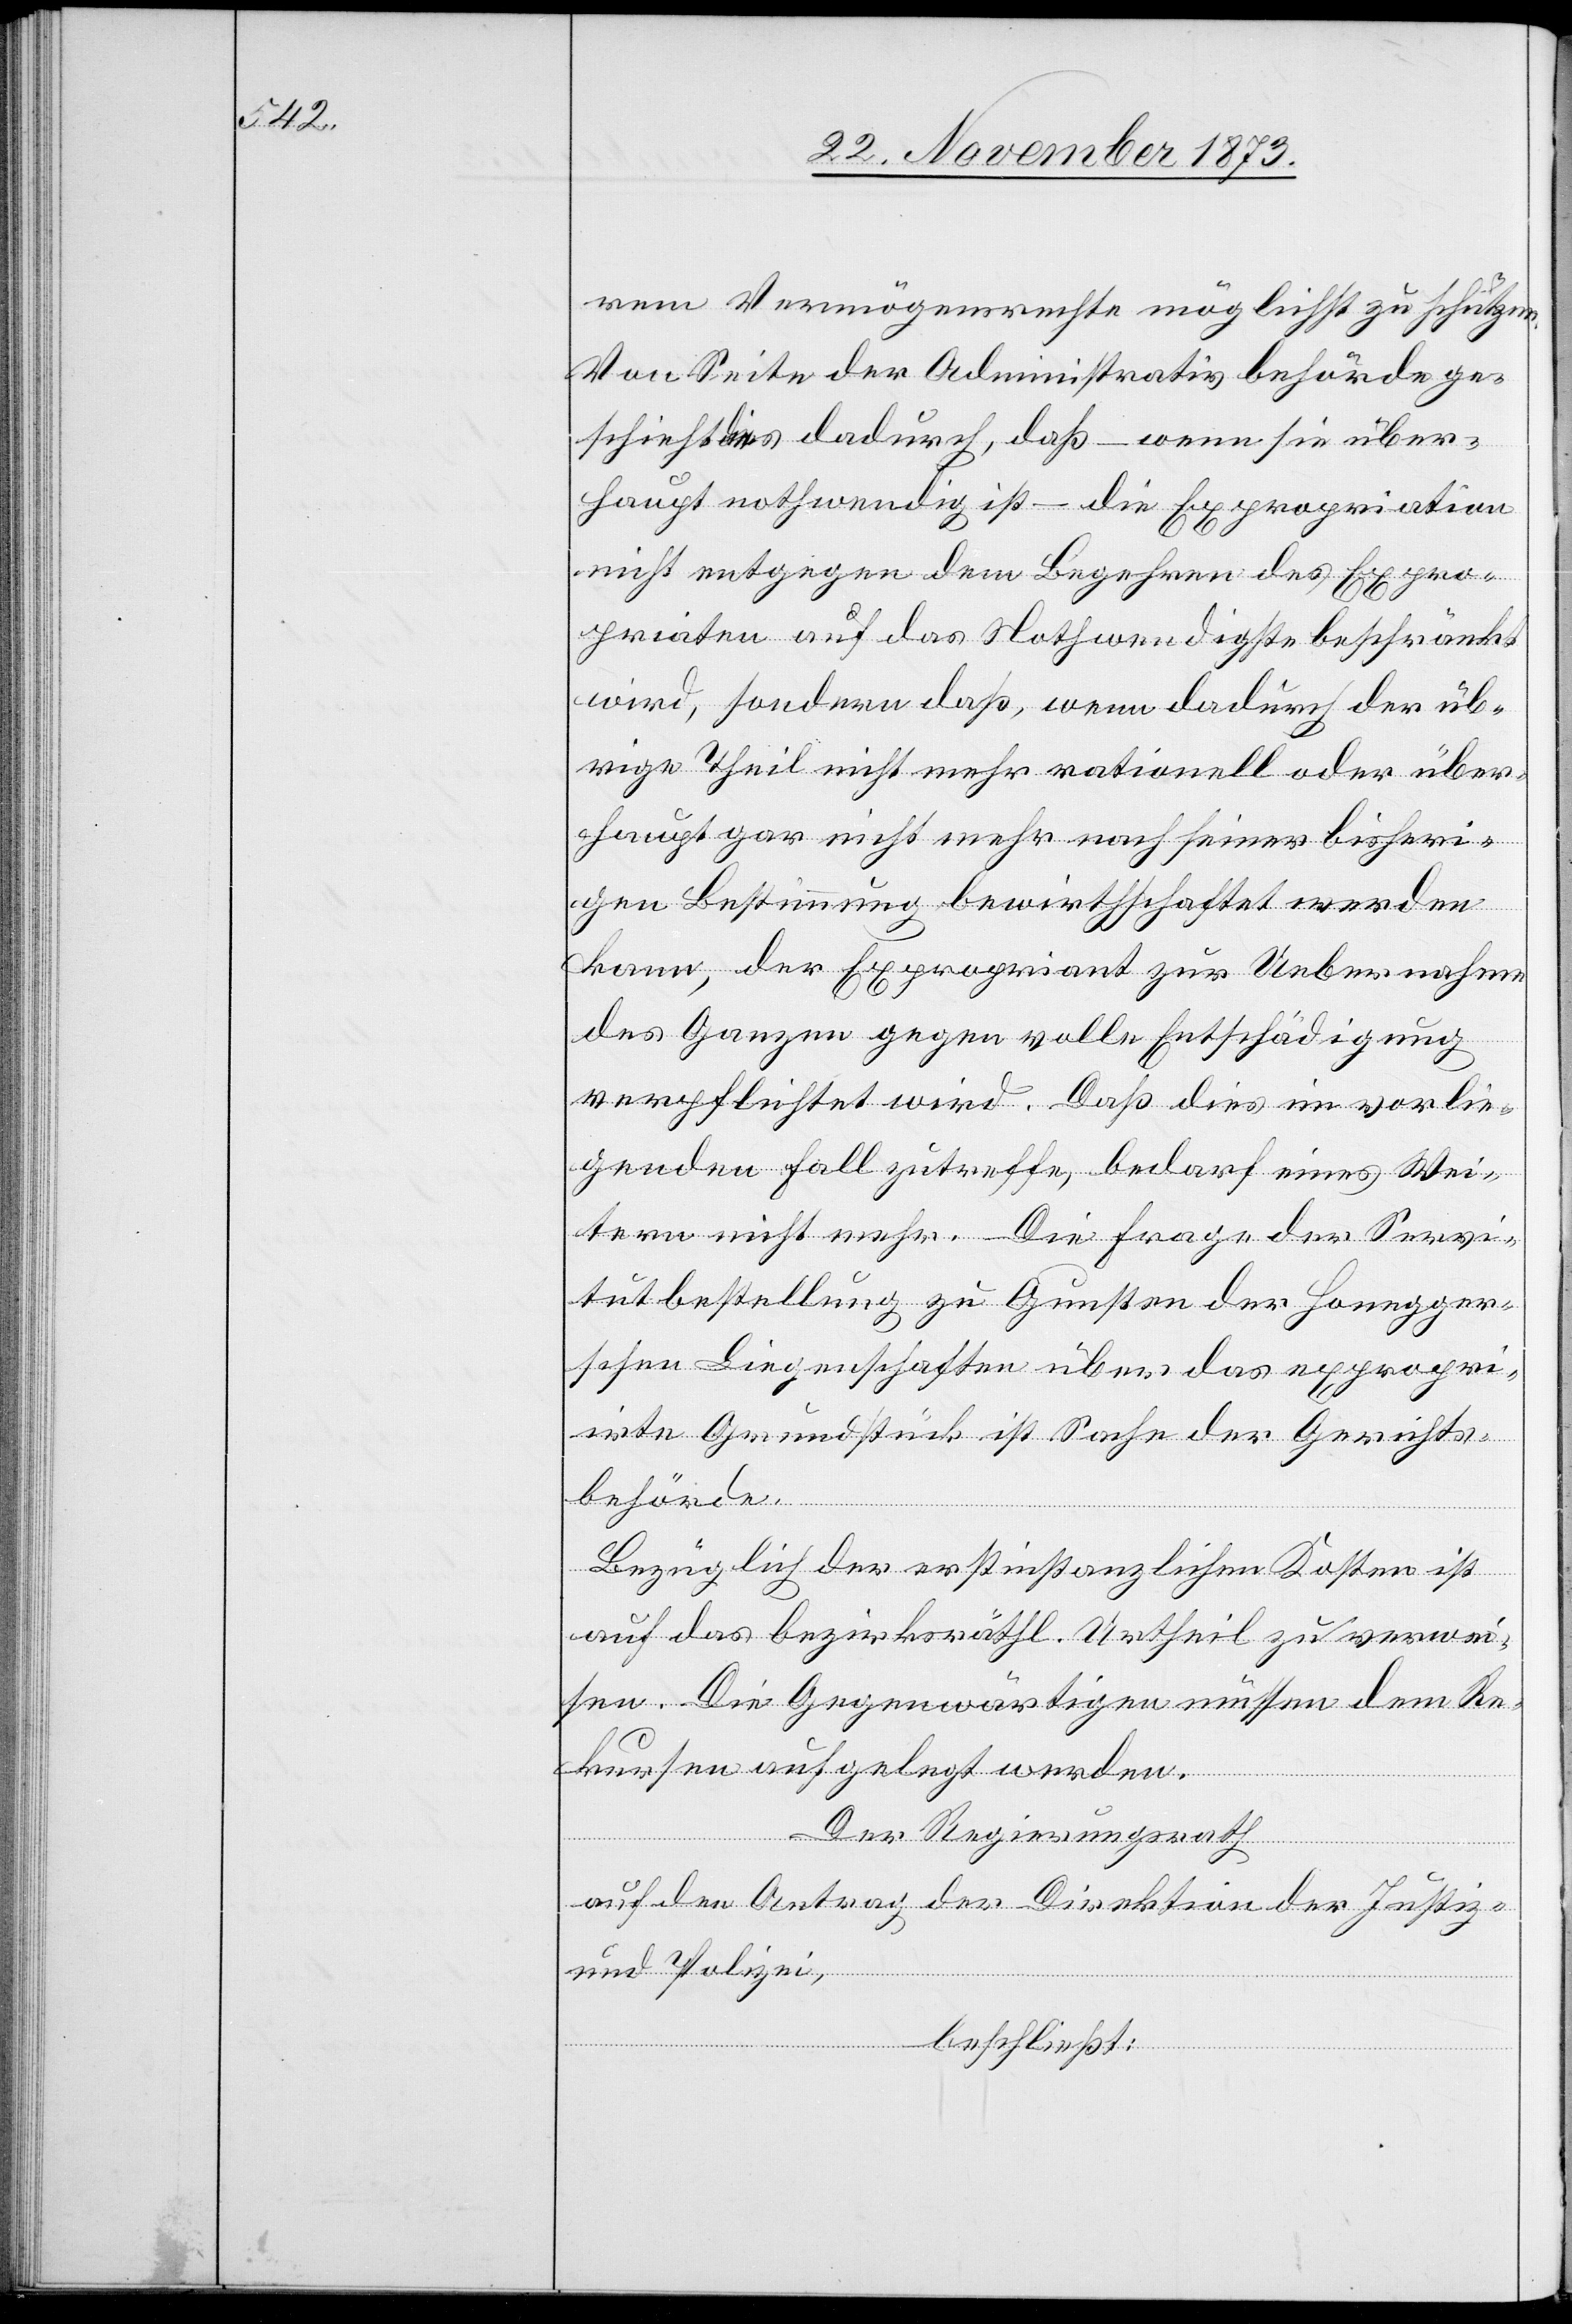
rem Vermögensrechte möglichst zu schützen.
Von Seite der Administrativbehörde ge¬
schieht dies dadurch, daß – wenn sie über¬
haupt nothwendig ist – die Expropriation
nicht entgegen dem Begehren des Expro¬
priaten auf das Nothwendigste beschränkt
wird, sondern daß, wenn dadurch der üb¬
rige Theil nicht mehr rationell oder über¬
haupt gar nicht mehr nach seiner bisheri¬
gen Bestimmung bewirthschaftet werden
kann, der Expropriant zur Uebernahme
des Ganzen gegen volle Entschädigung
verpflichtet wird. Daß dies im vorlie¬
genden Fall zutreffe, bedarf eines Wei¬
tern nicht mehr. Die Frage der Servi¬
tutbestellung zu Gunsten der Honegger¬
schen Liegenschaften über das expropri¬
irte Grundstück ist Sache der Gerichts¬
behörde.
Bezüglich der erstinstanzlichen Kosten ist
auf das bezirksräthl. Urtheil zu verwei¬
sen. Die Gegenwärtigen müssen dem Re¬
kursen aufgelegt werden.
Der Regierungsrath
auf den Antrag der Direktion der Justiz
und Polizei,
beschließt: